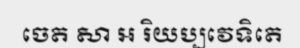
ចេត សា ឣ រិយប្បវេទិតេ